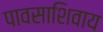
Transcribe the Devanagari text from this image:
पावसाशिवाय